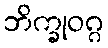
ဘိက္ခုဝဂ္ဂ